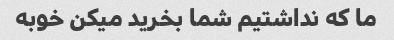
ما که نداشتیم شما بخرید میکن خوبه